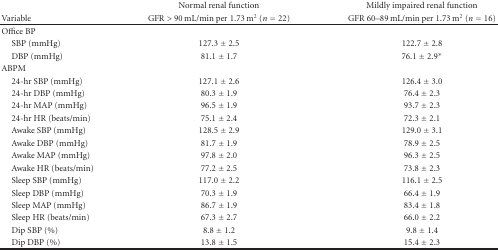
|  | Normal renal function | Mildly impaired renal function |
 | Variable | GFR > 90 mL/min per 1.73 m2 (n = 22) | GFR 60–89 mL/min per 1.73 m2 (n = 16) |
 | --- | --- | --- |
 | Office BP |  |  |
 | SBP (mmHg) | 127.3 ± 2.5 | 122.7 ± 2.8 |
 | DBP (mmHg) | 81.1 ± 1.7 | 76.1 ± 2.9* |
 | ABPM |  |  |
 | 24-hr SBP (mmHg) | 127.1 ± 2.6 | 126.4 ± 3.0 |
 | 24-hr DBP (mmHg) | 80.3 ± 1.9 | 76.4 ± 2.3 |
 | 24-hr MAP (mmHg) | 96.5 ± 1.9 | 93.7 ± 2.3 |
 | 24-hr HR (beats/min) | 75.1 ± 2.4 | 72.3 ± 2.1 |
 | Awake SBP (mmHg) | 128.5 ± 2.9 | 129.0 ± 3.1 |
 | Awake DBP (mmHg) | 81.7 ± 1.9 | 78.9 ± 2.5 |
 | Awake MAP (mmHg) | 97.8 ± 2.0 | 96.3 ± 2.5 |
 | Awake HR (beats/min) | 77.2 ± 2.5 | 73.8 ± 2.3 |
 | Sleep SBP (mmHg) | 117.0 ± 2.2 | 116.1 ± 2.5 |
 | Sleep DBP (mmHg) | 70.3 ± 1.9 | 66.4 ± 1.9 |
 | Sleep MAP (mmHg) | 86.7 ± 1.9 | 83.4 ± 1.8 |
 | Sleep HR (beats/min) | 67.3 ± 2.7 | 66.0 ± 2.2 |
 | Dip SBP (%) | 8.8 ± 1.2 | 9.8 ± 1.4 |
 | Dip DBP (%) | 13.8 ± 1.5 | 15.4 ± 2.3 |